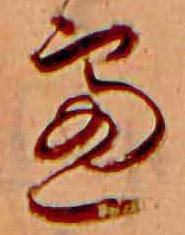
慮